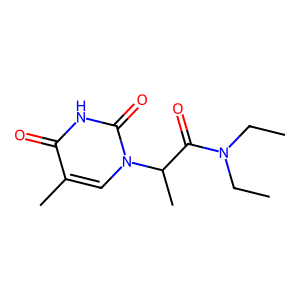
SMILES: CCN(CC)C(=O)C(C)n1cc(C)c(=O)[nH]c1=O
Inhibits HIV replication: No